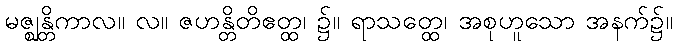
မဇ္ဈန္တိကာလ။ လ။ ဇဟန္တိတိဧတ္ထ၊ ၌။ ရာသတ္ထေ၊ အစုဟူသော အနက်၌။